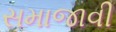
સમાજાવી